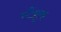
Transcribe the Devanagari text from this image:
स्टैंब्रूक